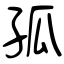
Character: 孤